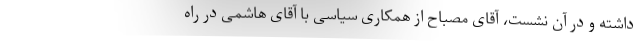
داشته و در آن نشست، آقای مصباح از همکاری سیاسی با آقای هاشمی در راه